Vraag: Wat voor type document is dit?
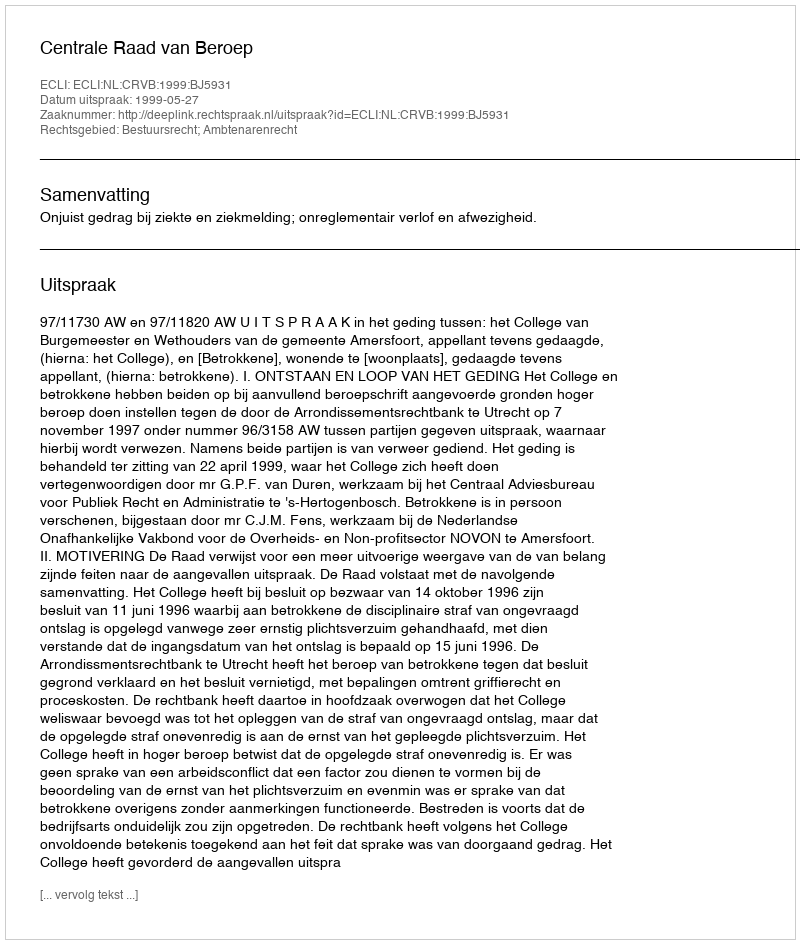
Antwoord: Uitspraak